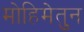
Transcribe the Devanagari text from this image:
मोहिमेतुन